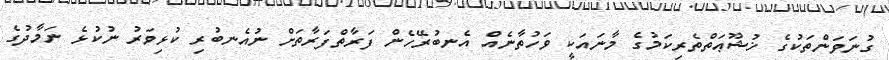
ގުނަވަންތަކުގެ ޚުޝޫޢަތްތެރިކަމުގެ މާނައަކީ ވަހުތާނެއް އެނބުރޭހެން ފަރާތްފަރާތަށް ނުއެނބުރި ކުޅިވަރު ނުކުޅެ ނަމާދުގެ